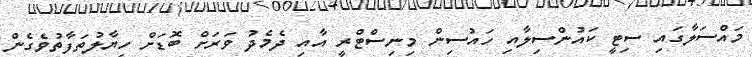
މައްސަލާގައި ސިޓީ ކައުންސިލާއި ހައުސިން މިނިސްޓްރީ އާއި ދެމެދު ވަރަށް ބޮޑަށް ހިޔާލުތަފާތުވެގެން